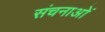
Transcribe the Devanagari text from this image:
संचनाओं